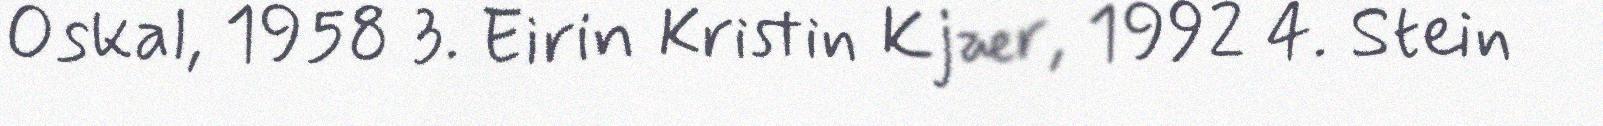
Oskal, 1958 3. Eirin Kristin Kjær, 1992 4. Stein